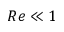
R e \ll 1